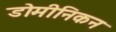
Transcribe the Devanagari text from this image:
डोमीनिकन